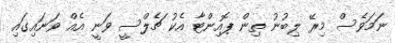
ނަމަވެސް މިރޭ ލިބުނު ތިން ޕޮއިންޓާ އެކު ޗެލްސީ ވަނީ އެއް ވަނައިގައި